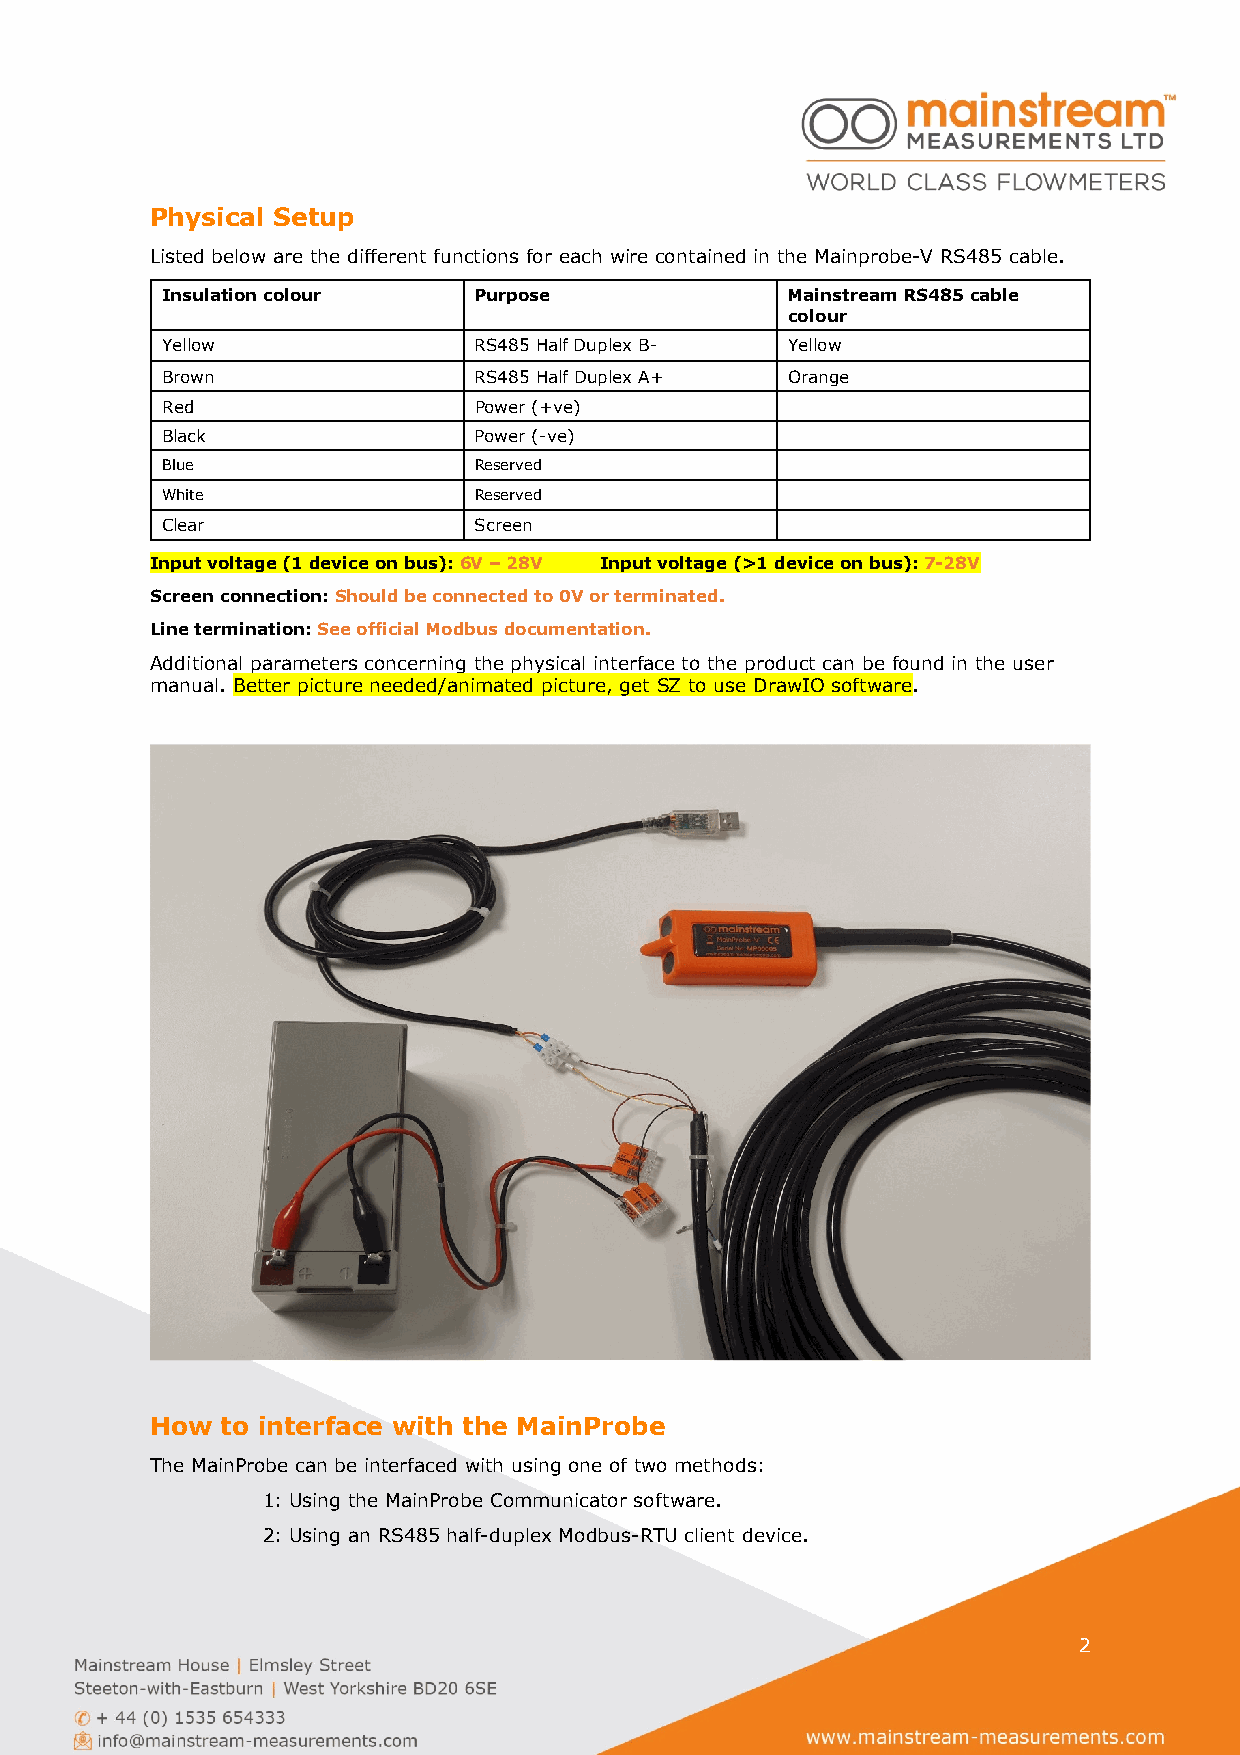
Physical Setup
 Listed below are the different functions for each wire contained in the Mainprobe-V RS485 cable.
 Insulation colour   Purpose              Mainstream RS485 cable
 colour
 Yellow              RS485 Half Duplex B- Yellow
 Brown               RS485 Half Duplex A+ Orange
 Red                 Power (+ve)
 Black               Power (-ve)
 Blue                Reserved
 White               Reserved
 Clear               Screen
 Input voltage (1 device on bus): 6V – 28V Input voltage (>1 device on bus): 7-28V
 Screen connection: Should be connected to 0V or terminated.
 Line termination: See official Modbus documentation.
 Additional parameters concerning the physical interface to the product can be found in the user
 manual. Better picture needed/animated picture, get SZ to use DrawIO software.
 How  to interface with the MainProbe
 The MainProbe can be interfaced with using one of two methods:
 1: Using the MainProbe Communicator software.
 2: Using an RS485 half-duplex Modbus-RTU client device.
 2